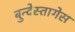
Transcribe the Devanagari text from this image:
बुन्देस्तागेस